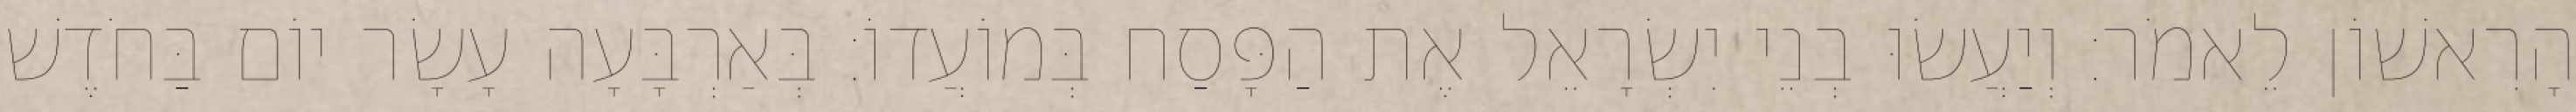
הָרִאשׁוֹן לֵאמֹר׃ וְיַעֲשׂוּ בְנֵי יִשְׂרָאֵל אֶת הַפָּסַח בְּמוֹעֲדוֹ׃ בְּאַרְבָּעָה עָשָׂר יוֹם בַּחֹדֶשׁ